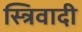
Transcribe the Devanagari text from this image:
स्त्रिवादी